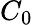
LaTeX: C_{0}